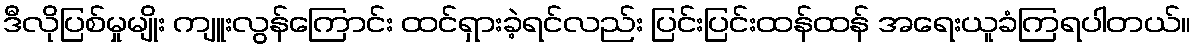
ဒီလိုပြစ်မှုမျိုး ကျူးလွန်ကြောင်း ထင်ရှားခဲ့ရင်လည်း ပြင်းပြင်းထန်ထန် အရေးယူခံကြရပါတယ်။